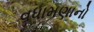
વધામણાનો